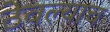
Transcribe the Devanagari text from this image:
ठेवल्याच